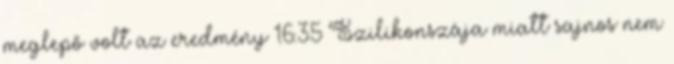
meglepő volt az eredmény 16:35 Szilikonszája miatt sajnos nem